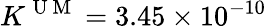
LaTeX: K^{\mathrm{~U~M~}}=3.45\times 10^{-10}